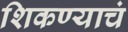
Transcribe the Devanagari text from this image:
शिकण्याचं